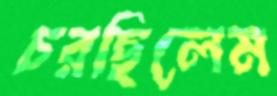
চরছিলেম